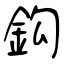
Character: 鈎